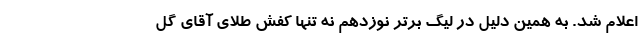
اعلام شد. به همین دلیل در لیگ برتر نوزدهم نه تنها کفش طلای آقای گل